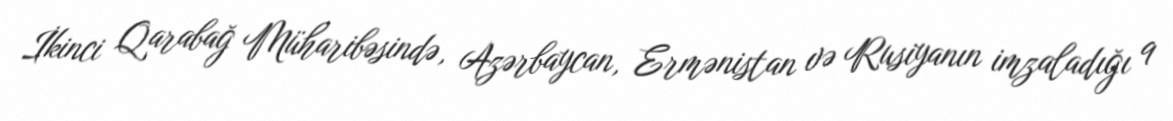
İkinci Qarabağ Müharibəsində, Azərbaycan, Ermənistan və Rusiyanın imzaladığı 9